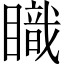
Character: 𥋏